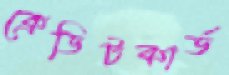
ক্রেডিটকার্ড